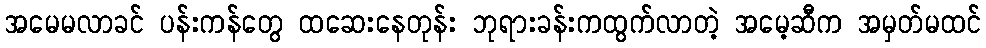
အမေမလာခင် ပန်းကန်တွေ ထဆေးနေတုန်း ဘုရားခန်းကထွက်လာတဲ့ အမေ့ဆီက အမှတ်မထင်